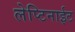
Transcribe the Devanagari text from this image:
लेप्टिनाईट